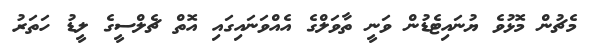
މެޗުން މޮޅުވެ ޔުނައިޓެޑުން ވަނީ ތާވަލްގެ އެއްވަނައިގައި އޮތް ޗެލްސީގެ ލީޑު ހަތަރު